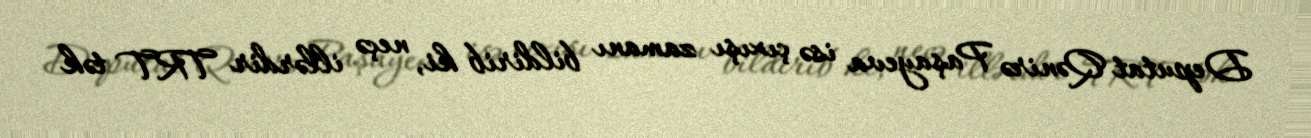
Deputat Qənirə Paşayeva isə çıxışı zamanı bildirib ki, neçə illərdir TRT tək